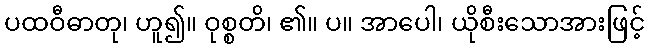
ပထဝီဓာတု၊ ဟူ၍။ ဝုစ္စတိ၊ ၏။ ပ။ အာပေါ၊ ယိုစီးသောအားဖြင့်